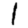
Digit: 1